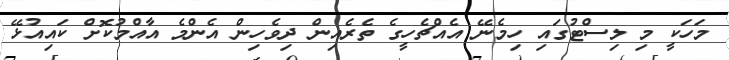
މަހަކީ މި ލިސްޓުގައި ހިމެނޭ އެއްޗެހީގެ ތެރެއިން ދިވެހިން އެންމެ އާއްމުކޮށް ކައިއުޅޭ